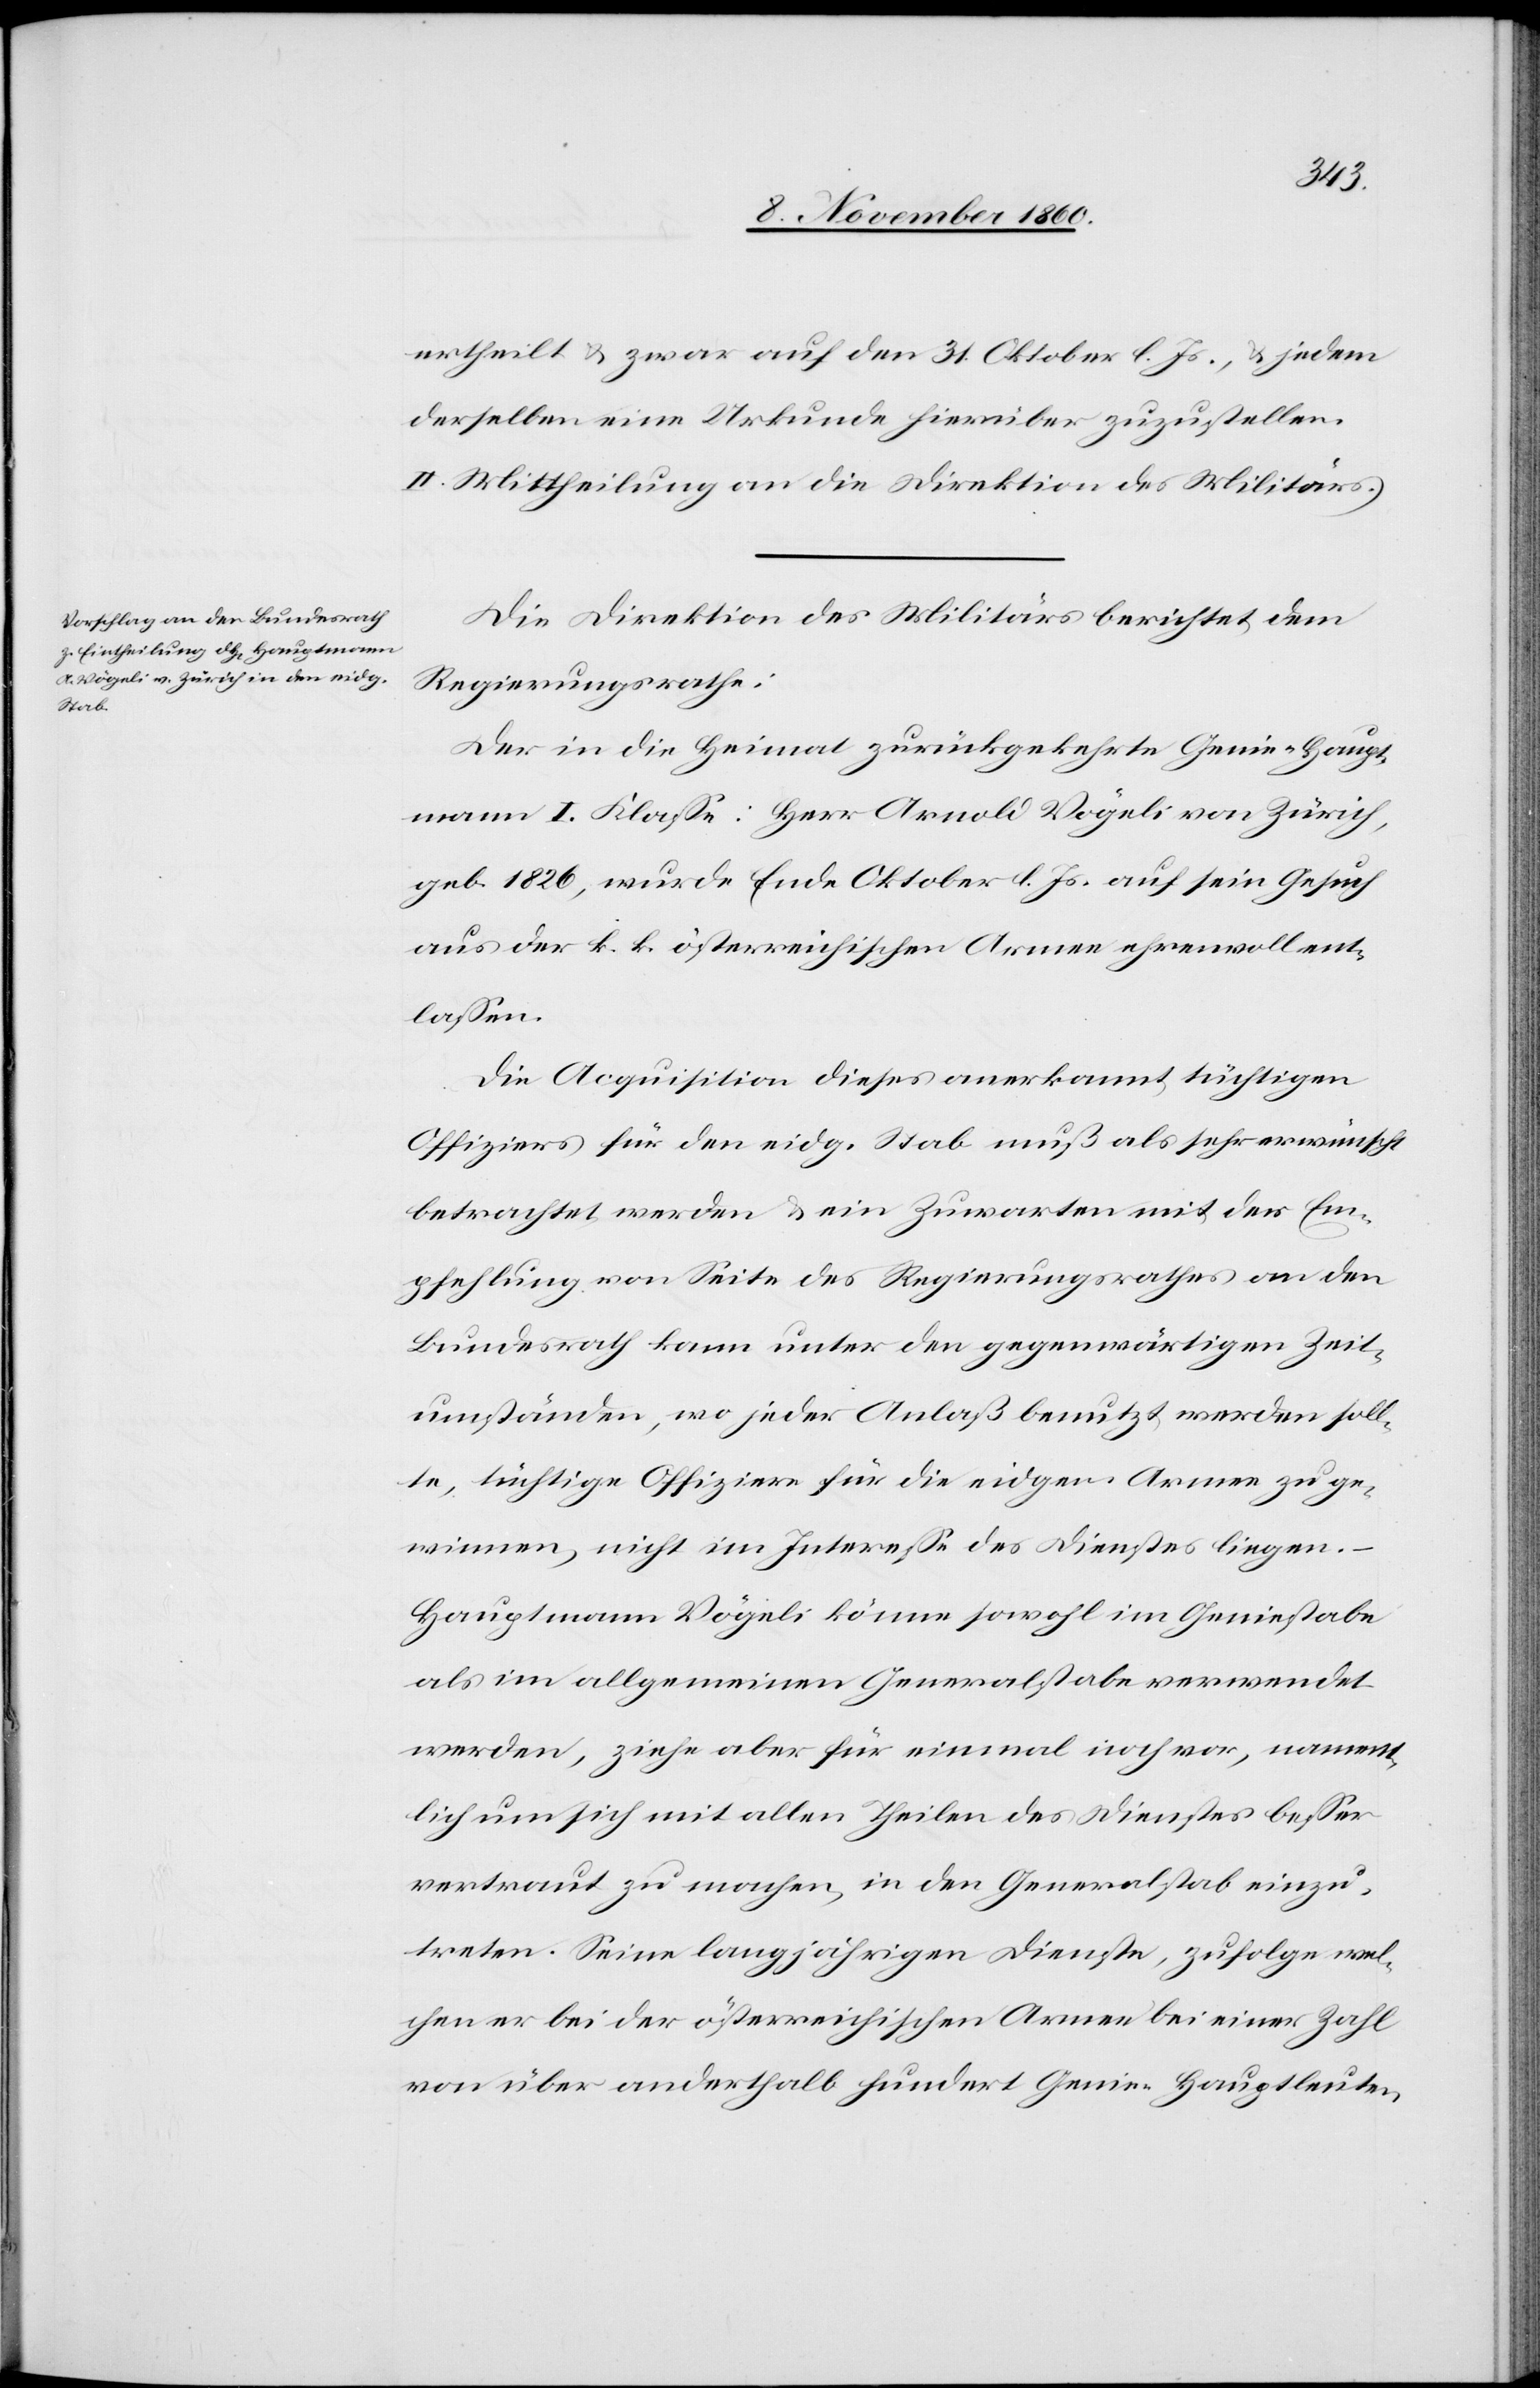
ertheilt u. zwar auf den 31. Oktober l. Js., u. jedem
derselben eine Urkunde hierüber zuzustellen.
II. Mittheilung an die Direktion des Militärs.
Die Direktion des Militärs berichtet dem
Regierungsrathe:
Der in die Heimat zurückgekehrte Genie-Haupt¬
mann I. Klasse: Herr Arnold Vögeli von Zürich,
geb. 1826, wurde Ende Oktober l. Js. auf sein Gesuch
aus der k. k. österreichischen Armee ehrenvoll ent¬
lassen.
Die Acquisition dieses anerkannt tüchtigen
Offiziers für den eidg. Stab muß als sehr erwünscht
betrachtet werden u. ein Zuwarten mit der Em¬
pfehlung von Seite des Regierungsrathes an den
Bundesrath kann unter den gegenwärtigen Zeit¬
umständen, wo jeder Anlaß benutzt werden soll¬
te, tüchtige Offiziere für die eidgen. Armee zu ge¬
winnen, nicht im Interesse des Dienstes liegen.
Hauptmann Vögeli könne sowohl im Geniestabe
als im allgemeinen Generalstabe verwendet
werden, ziehe aber für einmal noch vor, nament¬
lich um sich mit allen Theilen des Dienstes besser
vertraut zu machen, in den Generalstab einzu¬
treten. Seine langjährigen Dienste, zufolge wel¬
chen er bei der österreichischen Armee bei einer Zahl
von über anderthalb hundert Genie-Hauptleuten